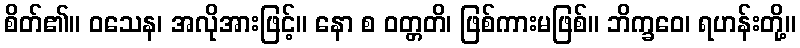
စိတ်၏။ ဝသေန၊ အလိုအားဖြင့်။ နော စ ဝတ္တတိ၊ ဖြစ်ကားမဖြစ်။ ဘိက္ခဝေ၊ ရဟန်းတို့။